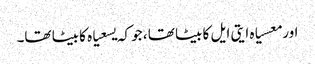
اور معسیاہ ایتی ایل کا بیٹا تھا ، جو کہ یسعیاہ کا بیٹا تھا۔